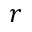
r